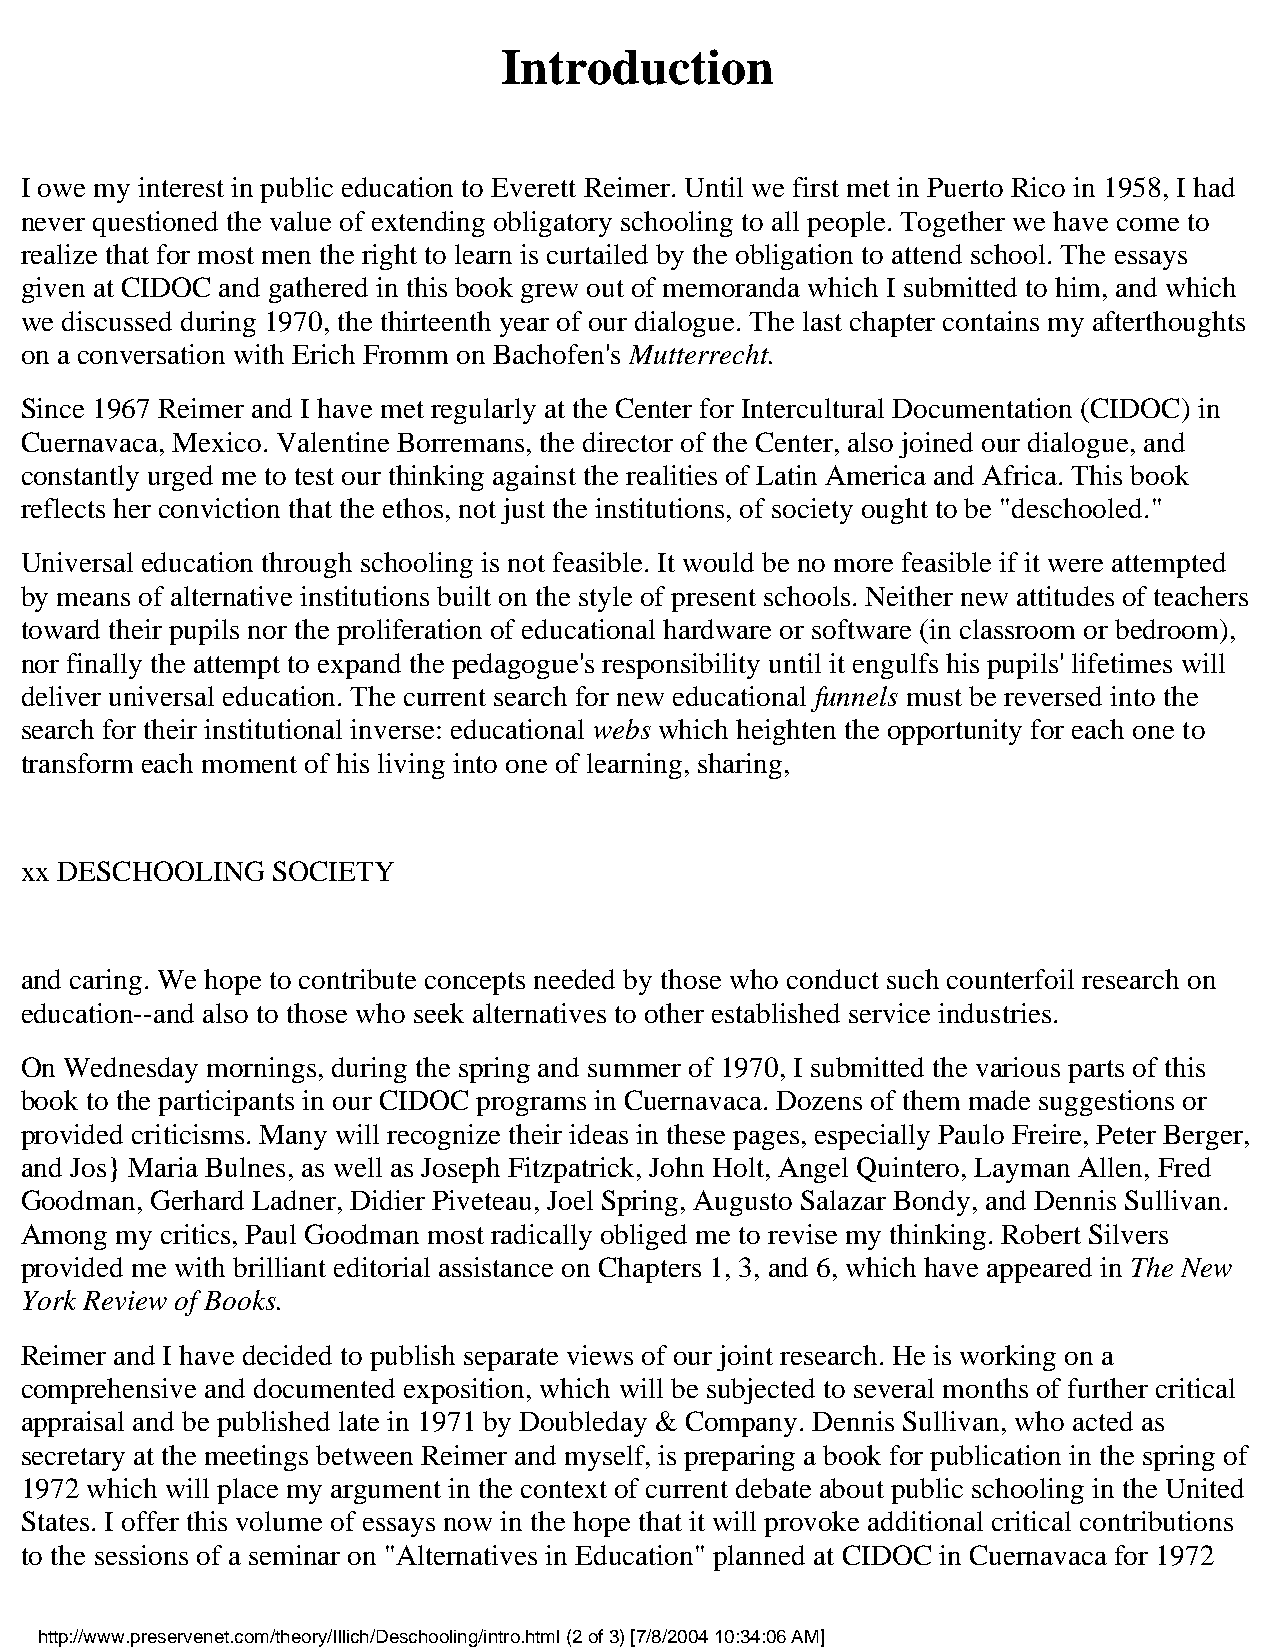
Introduction
 I owe my interest in public education to Everett Reimer. Until we first met in Puerto Rico in 1958, I had
 never questioned the value of extending obligatory schooling to all people. Together we have come to
 realize that for most men the right to learn is curtailed by the obligation to attend school. The essays
 given at CIDOC and gathered in this book grew out of memoranda which I submitted to him, and which
 we discussed during 1970, the thirteenth year of our dialogue. The last chapter contains my afterthoughts
 on a conversation with Erich Fromm on Bachofen's Mutterrecht.
 Since 1967 Reimer and I have met regularly at the Center for Intercultural Documentation (CIDOC) in
 Cuernavaca, Mexico. Valentine Borremans, the director of the Center, also joined our dialogue, and
 constantly urged me to test our thinking against the realities of Latin America and Africa. This book
 reflects her conviction that the ethos, not just the institutions, of society ought to be "deschooled."
 Universal education through schooling is not feasible. It would be no more feasible if it were attempted
 by means of alternative institutions built on the style of present schools. Neither new attitudes of teachers
 toward their pupils nor the proliferation of educational hardware or software (in classroom or bedroom),
 nor finally the attempt to expand the pedagogue's responsibility until it engulfs his pupils' lifetimes will
 deliver universal education. The current search for new educational funnels must be reversed into the
 search for their institutional inverse: educational webs which heighten the opportunity for each one to
 transform each moment of his living into one of learning, sharing,
 xx DESCHOOLING   SOCIETY
 and caring. We hope to contribute concepts needed by those who conduct such counterfoil research on
 education--and also to those who seek alternatives to other established service industries.
 On Wednesday mornings, during the spring and summer of 1970, I submitted the various parts of this
 book to the participants in our CIDOC programs in Cuernavaca. Dozens of them made suggestions or
 provided criticisms. Many will recognize their ideas in these pages, especially Paulo Freire, Peter Berger,
 and Jos} Maria Bulnes, as well as Joseph Fitzpatrick, John Holt, Angel Quintero, Layman Allen, Fred
 Goodman, Gerhard Ladner, Didier Piveteau, Joel Spring, Augusto Salazar Bondy, and Dennis Sullivan.
 Among  my critics, Paul Goodman most radically obliged me to revise my thinking. Robert Silvers
 provided me with brilliant editorial assistance on Chapters 1, 3, and 6, which have appeared in The New
 York Review of Books.
 Reimer and I have decided to publish separate views of our joint research. He is working on a
 comprehensive and documented exposition, which will be subjected to several months of further critical
 appraisal and be published late in 1971 by Doubleday & Company. Dennis Sullivan, who acted as
 secretary at the meetings between Reimer and myself, is preparing a book for publication in the spring of
 1972 which will place my argument in the context of current debate about public schooling in the United
 States. I offer this volume of essays now in the hope that it will provoke additional critical contributions
 to the sessions of a seminar on "Alternatives in Education" planned at CIDOC in Cuernavaca for 1972
 http://www.preservenet.com/theory/Illich/Deschooling/intro.html (2 of 3) [7/8/2004 10:34:06 AM]